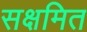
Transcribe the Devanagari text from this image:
सक्षमित